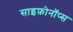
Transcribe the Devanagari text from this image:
साइफ़ोनॉप्स